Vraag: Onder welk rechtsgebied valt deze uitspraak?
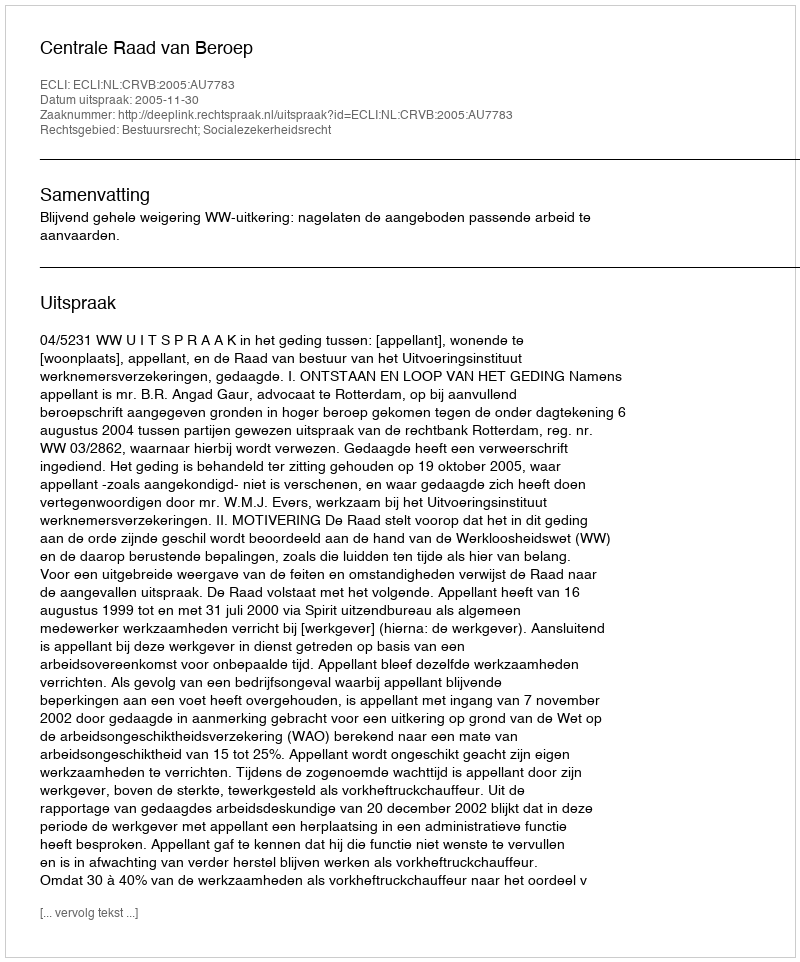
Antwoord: Bestuursrecht; Socialezekerheidsrecht